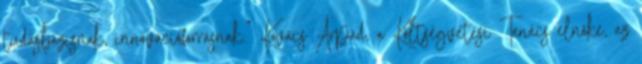
tudásbázisnak, innovációforrásnak." Kovács Árpád, a Költségvetési Tanács elnöke, az